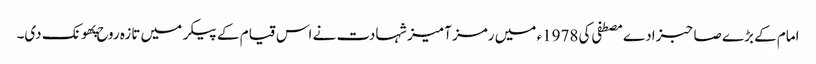
امام کے بڑے صاحبزادے مصطفی کی 1978ء میں رمز آمیز شہادت نے اس قیام کے پیکر میں تازہ روح پهونک دی۔